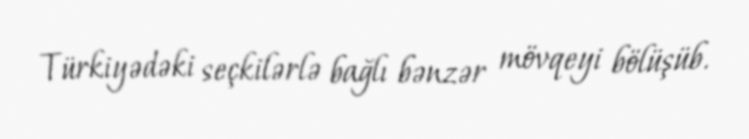
Türkiyədəki seçkilərlə bağlı bənzər mövqeyi bölüşüb.